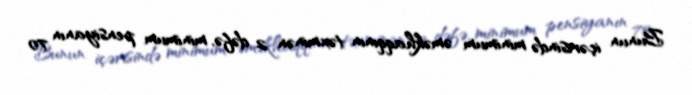
Bunun içərisində minimum əməkhaqqının təxminən 2 dəfə, minimum pensiyanın 70